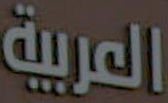
العربية